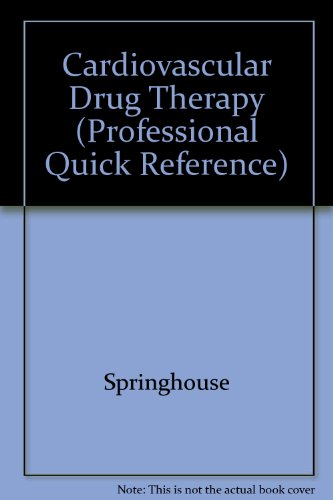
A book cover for Cardiovascular Drug Therapy (Professional Quick Reference); Springhouse; Medical Books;